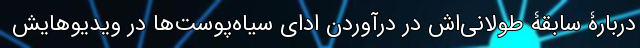
دربارۀ سابقۀ طولانی‌اش در درآوردنِ ادای سیاه‌پوست‌ها در ویدیوهایش